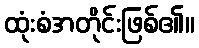
ထုံးစံအတိုင်းဖြစ်၏။